Indian journal of veterinary science and animal husbandry - Volume 14,
Year: 1944
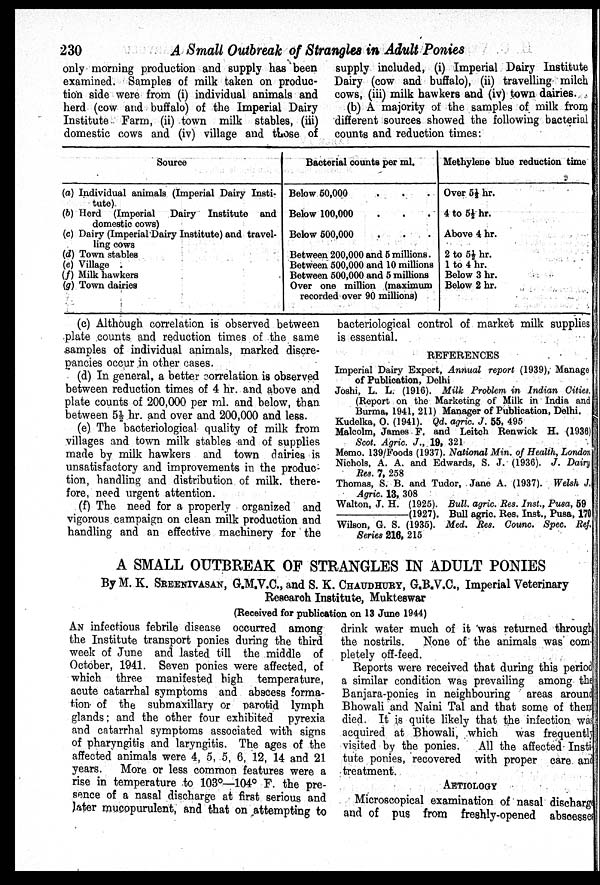
230
A Small Outbreak of Strangles in Adult Ponies
only morning production and supply has been
examined. Samples of milk taken on produc-
tion side were from (i) individual animals and
herd (cow and buffalo) of the Imperial Dairy
Institute Farm, (ii) town milk stables, (iii)
domestic cows and (iv) village and those of
supply included, (i) Imperial Dairy Institute
Dairy (cow and buffalo), (ii) travelling milch
cows, (iii) milk hawkers and (iv) town dairies.
(b) A majority of the samples of milk from
different sources showed the following bacterial
counts and reduction times:
Source
(a) Individual animals (Imperial Dairy Insti-
tute)
(b) Herd (Imperial Dairy Institute and
domestic cows)
(c) Dairy (Imperial Dairy Institute) and travel-
ling cows
(d) Town stables
(e) Village
(f) Milk hawkers
(g) Town dairies
Bacterial counts per ml.
Below 50,000 . . .
Below 100,000 . . .
Below 500,000 . . .
Between 200,000 and 5 millions.
Between 500,000 and 10 millions
Between 500,000 and 5 millions
Over one million (maximum
recorded over 90 millions)
Methylene blue reduction time
Over 5½ hr.
4 to 5½ hr.
Above 4 hr.
2 to 5½ hr.
1 to 4 hr.
Below 3 hr.
Below 2 hr.
(c) Although correlation is observed between
plate counts and reduction times of the same
samples of individual animals, marked discre-
pancies occur in other cases.
(d) In general, a better correlation is observed
between reduction times of 4 hr. and above and
plate counts of 200,000 per ml. and below, than
between 5½ hr. and over and 200,000 and less.
(e) The bacteriological quality of milk from
villages and town milk stables and of supplies
made by milk hawkers and town dairies is
unsatisfactory and improvements in the produc-
tion, handling and distribution of milk, there-
fore, need urgent attention.
(f) The need for a properly organized and
vigorous campaign on clean milk production and
handling and an effective machinery for the
bacteriological control of market milk supplies
is essential.
REFERENCES
Imperial Dairy Expert, Annual report (1939), Manage
of Publication, Delhi
Joshi, L. L. (1916). Milk Problem in Indian Cities,
(Report on the Marketing of Milk in India and
Burma, 1941, 211) Manager of Publication, Delhi.
Kudelka, O. (1941). Qd. agric. J. 55, 495
Malcolm, James F. and Leitch Renwick H. (1936)
Scot. Agric. J., 19, 321
Memo. 139/Foods (1937). National Min. of Health, London
Nichols, A. A. and Edwards, S. J. (1936). J. Dairy
Res. 7, 258
Thomas, S. B. and Tudor, Jane A. (1937). Welsh J,
Agric. 13, 308
Walton, J. H. (1925). Bull. agric. Res. Inst., Pusa, 59
—(1927).
Bull agric. Res. Inst., Pusa, 170
Wilson, G. S. (1935). Med. Res. Counc. Spec. Ref.
Series 216, 215
A SMALL OUTBREAK OF STRANGLES IN ADULT PONIES
By M. K. SREENIVASAN, G.M.V.C., and S. K. CHAUDHURY, G.B.V.C., Imperial Veterinary
Research Institute, Mukteswar
(Received for publication on 13 June 1944)
AN infectious febrile disease occurred among
the Institute transport ponies during the third
week of June and lasted till the middle of
October, 1941. Seven ponies were affected, of
which three manifested high temperature,
acute catarrhal symptoms and abscess forma-
tion of the submaxillary or parotid lymph
glands; and the other four exhibited pyrexia
and catarrhal symptoms associated with signs
of pharyngitis and laryngitis. The ages of the
affected animals were 4, 5, 5, 6, 12, 14 and 21
years.
More or less common features were a
rise in temperature to 103°—104° F. the pre-
sence of a nasal discharge at first serious and
later mucopurulent, and that on attempting to
drink water much of it was returned through
the nostrils.
None of the animals was com-
pletely off-feed.
Reports were received that during this period
a similar condition was prevailing among the
Banjara-ponies in neighbouring areas around
Bhowali and Naini Tal and that some of them
died. It is quite likely that the infection was
acquired at Bhowali, which
was frequently
visited by the ponies.
All the affected Insti
tute ponies, recovered with proper care and
treatment.
AETIOLOGY
Microscopical examination of nasal discharge
and of pus from freshly-opened abscesses